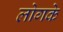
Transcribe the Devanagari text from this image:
लोगके